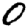
Digit: 0